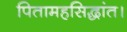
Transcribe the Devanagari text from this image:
पितामहसिद्धांत।